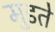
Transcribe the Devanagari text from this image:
मुडते